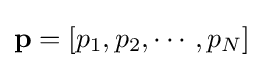
\mathbf {p} =[p_{1},p_{2},\cdots ,p_{N}]